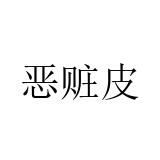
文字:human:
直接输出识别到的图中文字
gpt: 恶赃皮